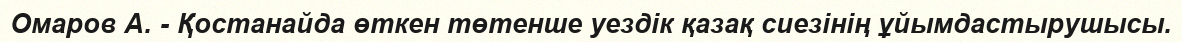
Омаров А. - Қостанайда өткен төтенше уездік қазақ сиезінің ұйымдастырушысы.